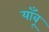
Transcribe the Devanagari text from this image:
याँबू